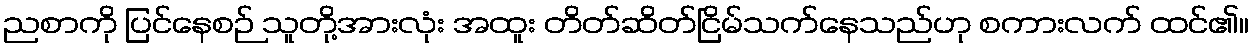
ညစာကို ပြင်နေစဉ် သူတို့အားလုံး အထူး တိတ်ဆိတ်ငြိမ်သက်နေသည်ဟု စကားလက် ထင်၏။